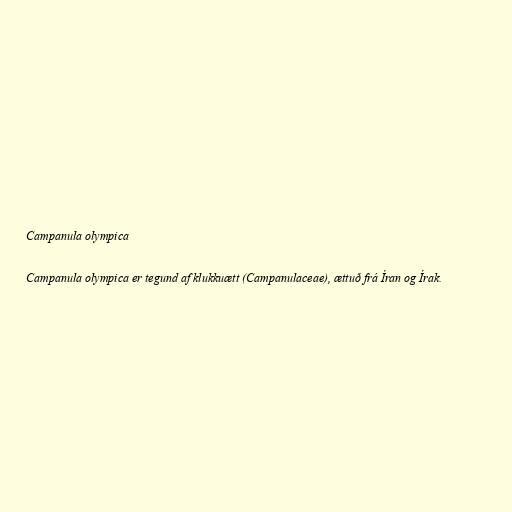
Campanula olympica

Campanula olympica er tegund af klukkuætt (Campanulaceae), ættuð frá Íran og Írak.